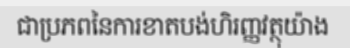
ជាប្រភពនៃការខាតបង់ហិរញ្ញវត្ថុយ៉ាង